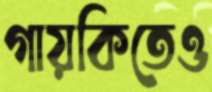
গায়কিতেও